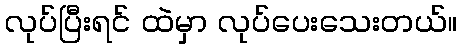
လုပ်ပြီးရင် ထဲမှာ လုပ်ပေးသေးတယ်။